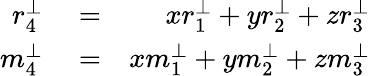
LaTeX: \begin{array}{rlr}{r_{4}^{\perp}}&{{}=}&{xr_{1}^{\perp}+yr_{2}^{\perp}+zr_{3}^{\perp}}\\ {m_{4}^{\perp}}&{{}=}&{xm_{1}^{\perp}+ym_{2}^{\perp}+zm_{3}^{\perp}}\end{array}